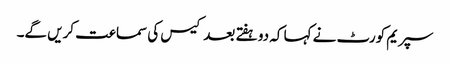
سپریم کورٹ نے کہا کہ دو ہفتے بعد کیس کی سماعت کریں گے۔